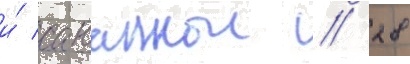
и́ саваннои // 28